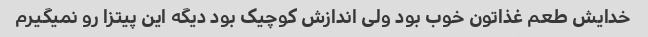
خدایش طعم غذاتون خوب بود ولی اندازش کوچیک بود دیگه این پیتزا رو نمیگیرم